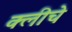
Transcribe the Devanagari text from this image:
क्लीचे